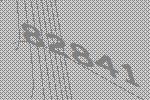
82841